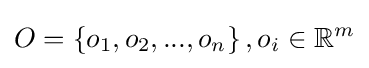
O=\left\lbrace o_{1},o_{2},...,o_{n}\right\rbrace ,o_{i}\in \mathbb {R} ^{m}